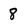
Character: 8